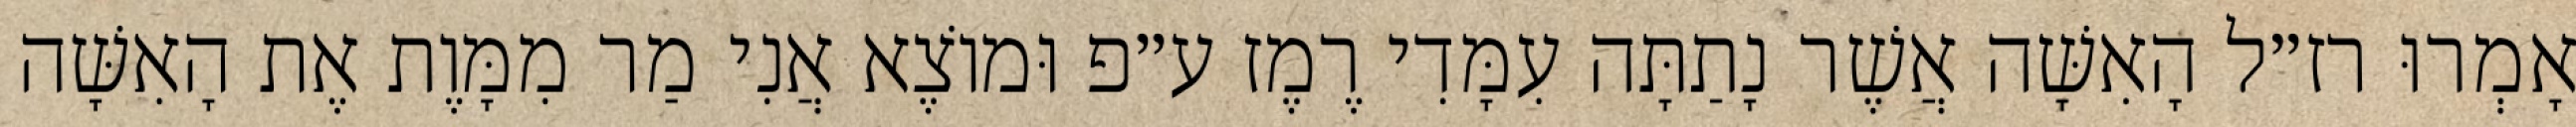
אָמְרוּ רז״ל הָאִשָּׁה אֲשֶׁר נָתַתָּה עִמָּדִי רֶמֶז ע״פ וּמוֹצֶא אֲנִי מַר מִמָּוֶת אֶת הָאִשָּׁה